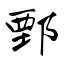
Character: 鄄